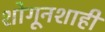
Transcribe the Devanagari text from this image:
शोगूनशाही